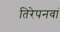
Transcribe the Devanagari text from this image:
तिरेपनवां